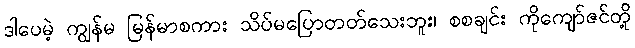
ဒါပေမဲ့ ကျွန်မ မြန်မာစကား သိပ်မပြောတတ်သေးဘူး၊ စစချင်း ကိုကျော်ဇင်တို့